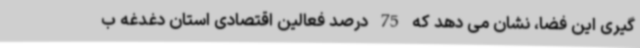
گیری این فضا، نشان می دهد که 75 درصد فعالین اقتصادی استان دغدغه ب